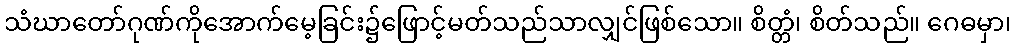
သံဃာတော်ဂုဏ်ကိုအောက်မေ့ခြင်း၌ဖြောင့်မတ်သည်သာလျှင်ဖြစ်သော။ စိတ္တံ၊ စိတ်သည်။ ဂေဓမှာ၊